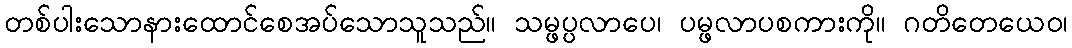
တစ်ပါးသောနားထောင်စေအပ်သောသူသည်။ သမ္ဖပ္ပလာပေ၊ ပမ္ဖလာပစကားကို။ ဂတိတေယေဝ၊